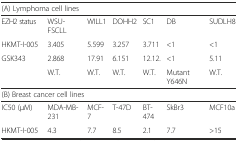
<table><thead><tr><td colspan="7"><b>(A) Lymphoma cell lines</b></td></tr></thead><tbody><tr><td>EZH2 status</td><td>WSU-FSCLL</td><td>WILL1</td><td>DOHH2</td><td>SC1</td><td>DB</td><td>SUDLH8</td></tr><tr><td>HKMT-I-005</td><td>3.405</td><td>5.599</td><td>3.257</td><td>3.711</td><td>&lt;1</td><td>&lt;1</td></tr><tr><td>GSK343</td><td>2.868</td><td>17.91</td><td>6.151</td><td>12.12.</td><td>&lt;1</td><td>5.11</td></tr><tr><td></td><td>W.T.</td><td>W.T.</td><td>W.T.</td><td>W.T.</td><td>Mutant Y646N</td><td>W.T.</td></tr><tr><td colspan="7">(B) Breast cancer cell lines</td></tr><tr><td>IC50 (μM)</td><td>MDA-MB-231</td><td>MCF-7</td><td>T-47D</td><td>BT-474</td><td>SkBr3</td><td>MCF10a</td></tr><tr><td>HKMT-I-005</td><td>4.3</td><td>7.7</td><td>8.5</td><td>2.1</td><td>7.7</td><td>&gt;15</td></tr></tbody></table>